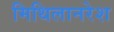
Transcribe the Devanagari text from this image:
मिथिलानरेश